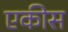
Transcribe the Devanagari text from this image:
एकीस